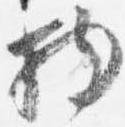
物